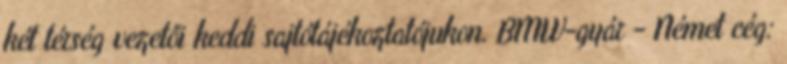
két térség vezetői keddi sajtótájékoztatójukon. BMW-gyár - Német cég: